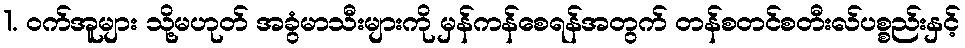
1. ဝက်အူများ သို့မဟုတ် အခွံမာသီးများကို မှန်ကန်စေရန်အတွက် တန်စတင်စတီးလ်ပစ္စည်းနှင့်